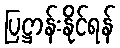
ပြဋ္ဌာန်းနိုင်ရန်